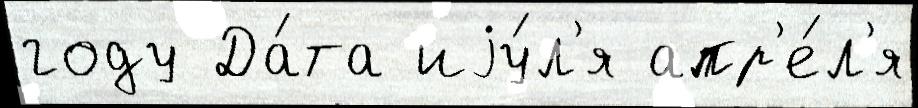
году Да́та иjу́л'я апр'е́л'я